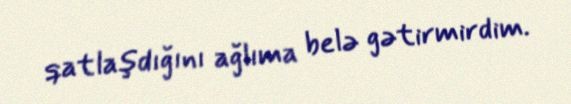
qatlaşdığını ağlıma belə gətirmirdim.